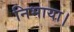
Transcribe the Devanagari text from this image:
निभाया।